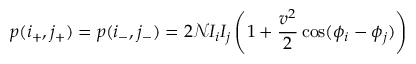
p ( i _ { + } , j _ { + } ) = p ( i _ { - } , j _ { - } ) = 2 \mathcal { N } I _ { i } I _ { j } \left( 1 + \frac { v ^ { 2 } } { 2 } \cos ( \phi _ { i } - \phi _ { j } ) \right)